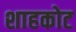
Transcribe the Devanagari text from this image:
शाहकोट